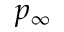
p _ { \infty }